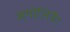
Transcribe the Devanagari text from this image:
अपोलिनैर